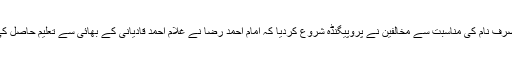
صرف نام کی مناسبت سے مخالفین نے پروپیگنڈہ شروع کردیا کہ امام احمد رضا نے غلام احمد قادیانی کے بھائی سے تعلیم حاصل کی۔